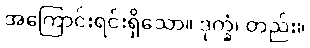
အကြောင်းရင်းရှိသော။ ဒုက္ခံ၊ တည်း။